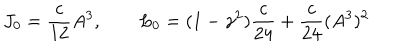
J _ { 0 } = \frac { c } { 1 2 } A ^ { 3 } , \qquad L _ { 0 } = ( 1 - \gamma ^ { 2 } ) \frac { c } { 2 4 } + \frac { c } { 2 4 } ( A ^ { 3 } ) ^ { 2 }